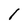
Character: l